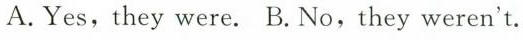
A. Yes,they were. B.No,they weren't.